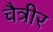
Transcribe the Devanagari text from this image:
चैत्रीर